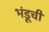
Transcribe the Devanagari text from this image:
भंडूची